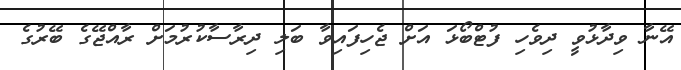
އޭނާ ވިދާޅުވީ ދިވެހި ފުޓްބޯޅަ އަށް ޖެހިފައިވާ ބަލި ދިރާސާކުރުމަށް ރާއްޖޭގެ ބޭރުގެ